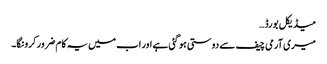
میڈیکل بورڈ…
میری آرمی چیف سے دوستی ہو گئی ہے اور اب میں یہ کام ضرور کرونگا۔